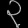
Digit: ၃